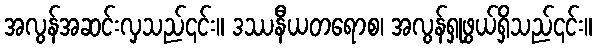
အလွန်အဆင်းလှသည်၎င်း။ ဒဿနီယတရောစ၊ အလွန်ရှုဖွယ်ရှိသည်၎င်း။